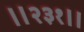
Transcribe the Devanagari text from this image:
॥२३१॥